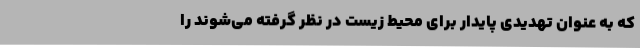
که به عنوان تهدیدی پایدار برای محیط زیست در نظر گرفته می‌شوند را